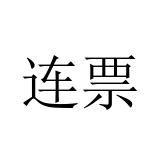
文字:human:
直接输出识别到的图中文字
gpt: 连票